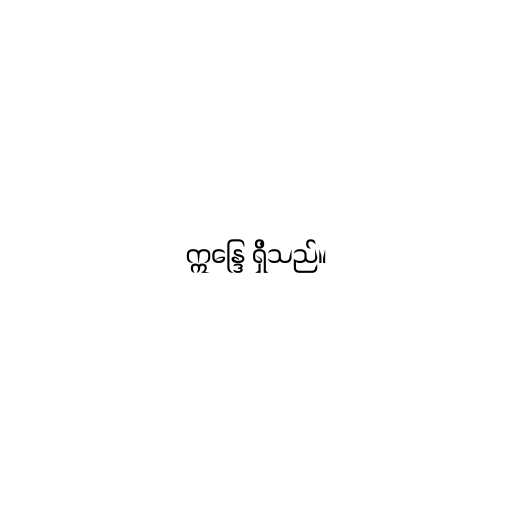
ဣန္ဒြေ ရှိသည်။